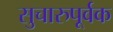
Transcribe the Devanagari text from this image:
सुचारुपूर्वक